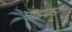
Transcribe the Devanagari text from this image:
नाझ्का